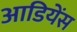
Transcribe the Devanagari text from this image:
आडियेंस